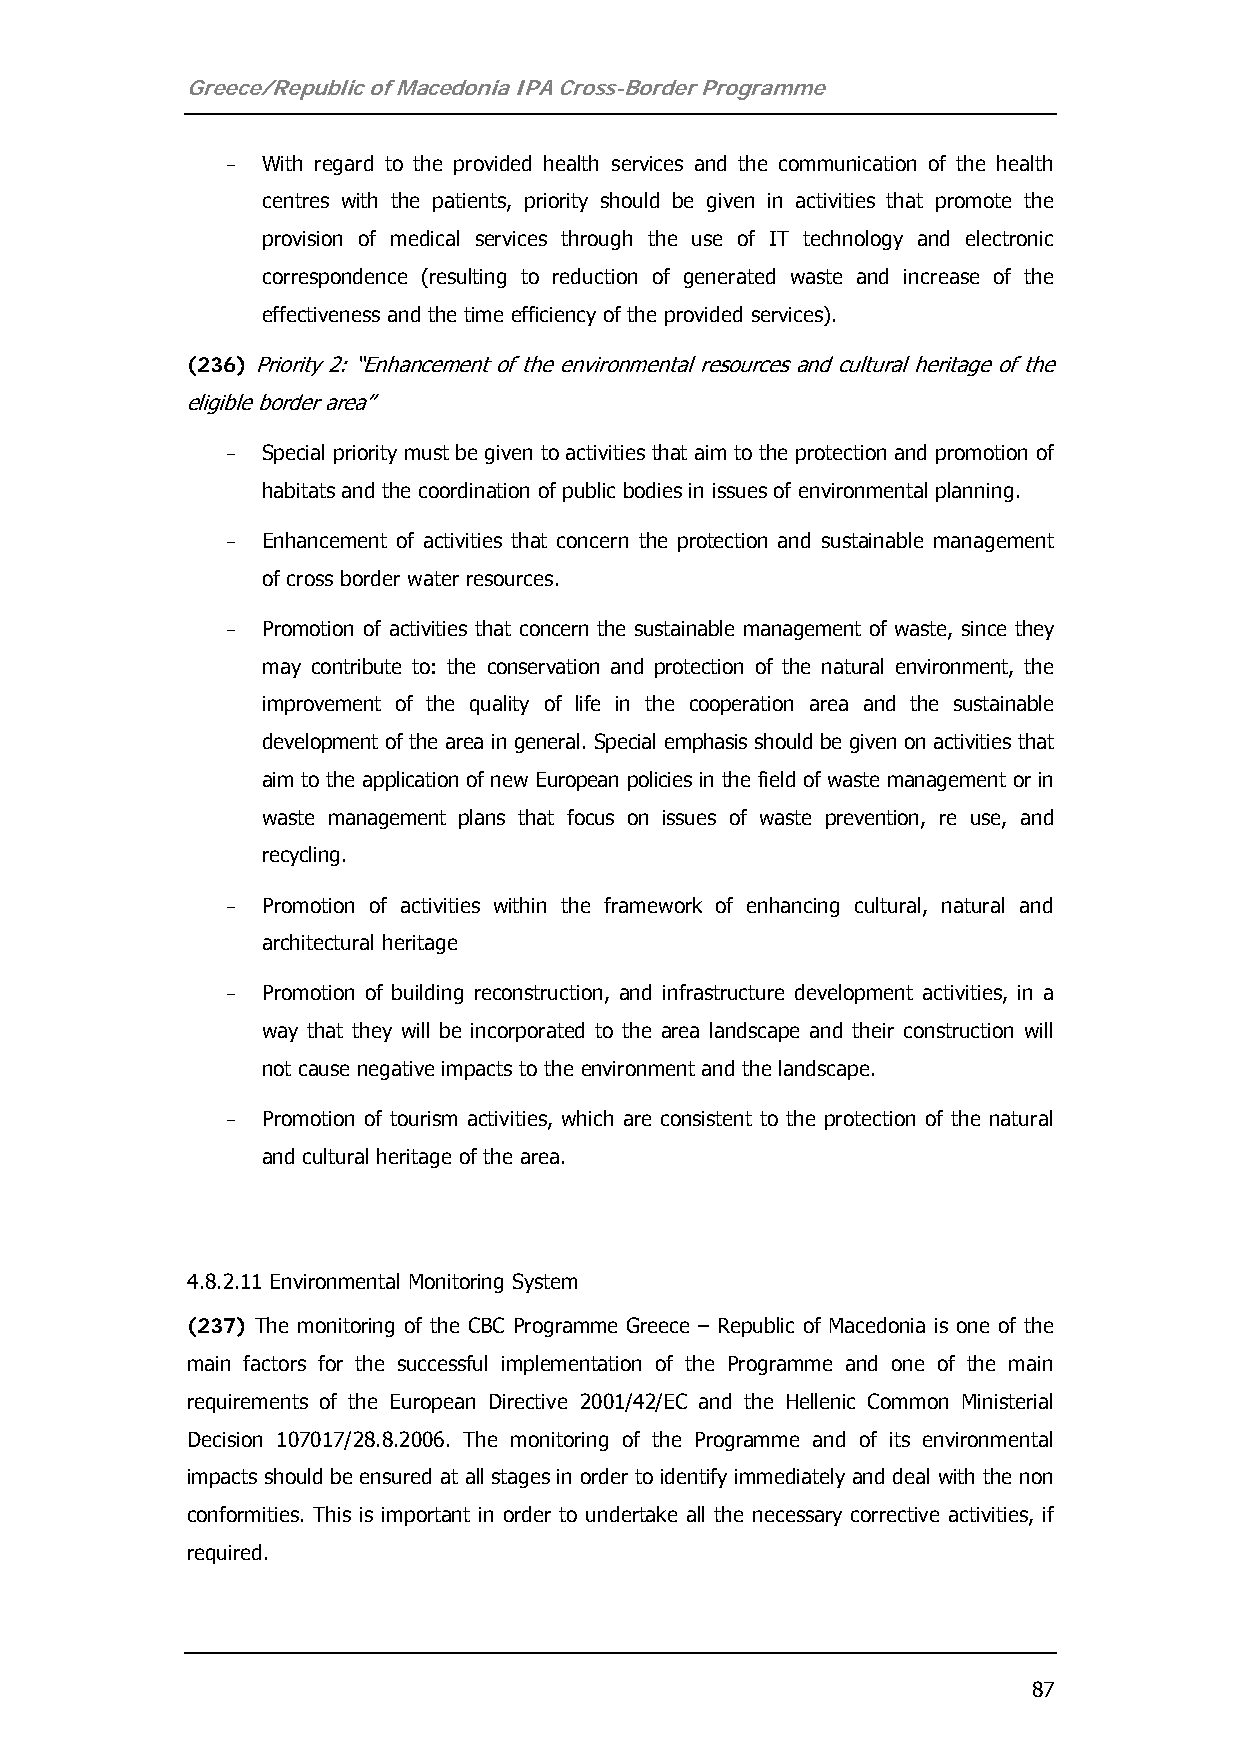
Greece/Republic of Macedonia IPA Cross-Border Programme
 - With regard to the provided health services and the communication of the health
 centres with the patients, priority should be given in activities that promote the
 provision of medical services through the use of IT technology and electronic
 correspondence (resulting to reduction of generated waste and increase of the
 effectiveness and the time efficiency of the provided services).
 (236) Priority 2: “Enhancement of the environmental resources and cultural heritage of the
 eligible border area”
 - Special priority must be given to activities that aim to the protection and promotion of
 habitats and the coordination of public bodies in issues of environmental planning.
 - Enhancement of activities that concern the protection and sustainable management
 of cross border water resources.
 - Promotion of activities that concern the sustainable management of waste, since they
 may contribute to: the conservation and protection of the natural environment, the
 improvement of the quality of life in the cooperation area and the sustainable
 development of the area in general. Special emphasis should be given on activities that
 aim to the application of new European policies in the field of waste management or in
 waste management plans that focus on issues of waste prevention, re use, and
 recycling.
 - Promotion of activities within the framework of enhancing cultural, natural and
 architectural heritage
 - Promotion of building reconstruction, and infrastructure development activities, in a
 way that they will be incorporated to the area landscape and their construction will
 not cause negative impacts to the environment and the landscape.
 - Promotion of tourism activities, which are consistent to the protection of the natural
 and cultural heritage of the area.
 4.8.2.11 Environmental Monitoring System
 (237) The monitoring of the CBC Programme Greece – Republic of Macedonia is one of the
 main factors for the successful implementation of the Programme and one of the main
 requirements of the European Directive 2001/42/EC and the Hellenic Common Ministerial
 Decision 107017/28.8.2006. The monitoring of the Programme and of its environmental
 impacts should be ensured at all stages in order to identify immediately and deal with the non
 conformities. This is important in order to undertake all the necessary corrective activities, if
 required.
 87